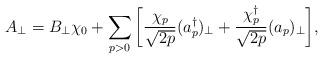
LaTeX: \begin{align*}A_\perp = B_\perp\chi_0 + \sum_{p>0}\bigg[\frac{\chi_p}{\sqrt{2p}}(a_p^\dagger)_\perp +\frac{\chi_p^\dagger}{\sqrt{2p}}(a_p)_\perp\bigg],\end{align*}